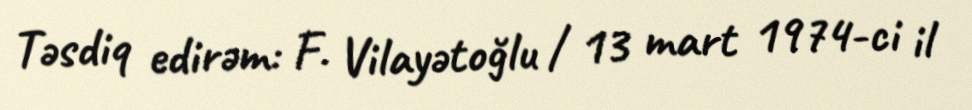
Təsdiq edirəm: F. Vilayətoğlu / 13 mart 1974-ci il